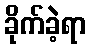
ခိုက်ခဲ့ရာ